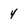
Character: 4